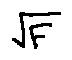
\sqrt { F }